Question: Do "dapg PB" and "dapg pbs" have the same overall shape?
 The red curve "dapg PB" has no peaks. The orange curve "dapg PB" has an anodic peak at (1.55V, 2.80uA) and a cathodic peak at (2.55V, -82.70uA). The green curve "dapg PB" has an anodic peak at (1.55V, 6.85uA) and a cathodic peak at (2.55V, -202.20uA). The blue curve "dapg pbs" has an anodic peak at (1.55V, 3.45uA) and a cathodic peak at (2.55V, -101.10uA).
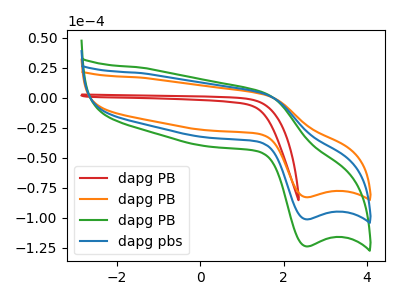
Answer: <think>All the peaks in "dapg PB" have a peak in "dapg pbs" at the same potential. Every peak in "dapg PB" is lower than every peak in "dapg pbs".
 </think>
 <answer>"dapg PB" and "dapg pbs" are similar in shape.</answer>
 <eval>same_shape</eval>